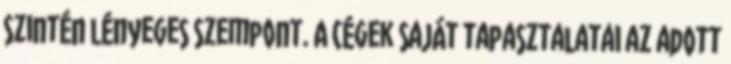
szintén lényeges szempont. A cégek saját tapasztalatai az adott